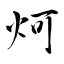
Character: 炣